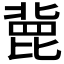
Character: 𣬏